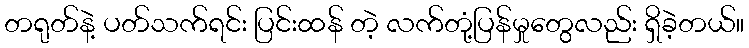
တရုတ်နဲ့ ပတ်သက်ရင်း ပြင်းထန် တဲ့ လက်တုံ့ပြန်မှုတွေလည်း ရှိခဲ့တယ်။